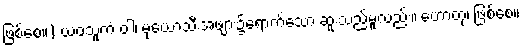
ဖြစ်စေ။) ယဝသူကံ ဝါ၊ မုယောသီးအဖျား၌ရောက်သော ဆူးသည်မူလည်း။ ဟောတု၊ ဖြစ်စေ။